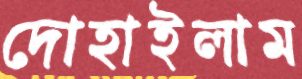
দোহাইলাম